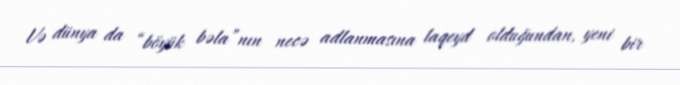
Və dünya da “böyük bəla”nın necə adlanmasına laqeyd olduğundan, yeni bir